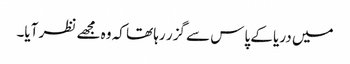
میں دریا کے پاس سے گزر رہا تھا کہ وہ مجھے نظر آیا۔